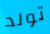
تولد